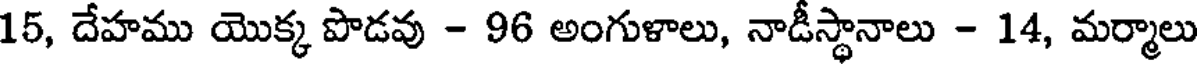
15, దేహము యొక్క పొడవు - 96 అంగుళాలు, నాడీస్థానాలు - 14, మర్మాలు